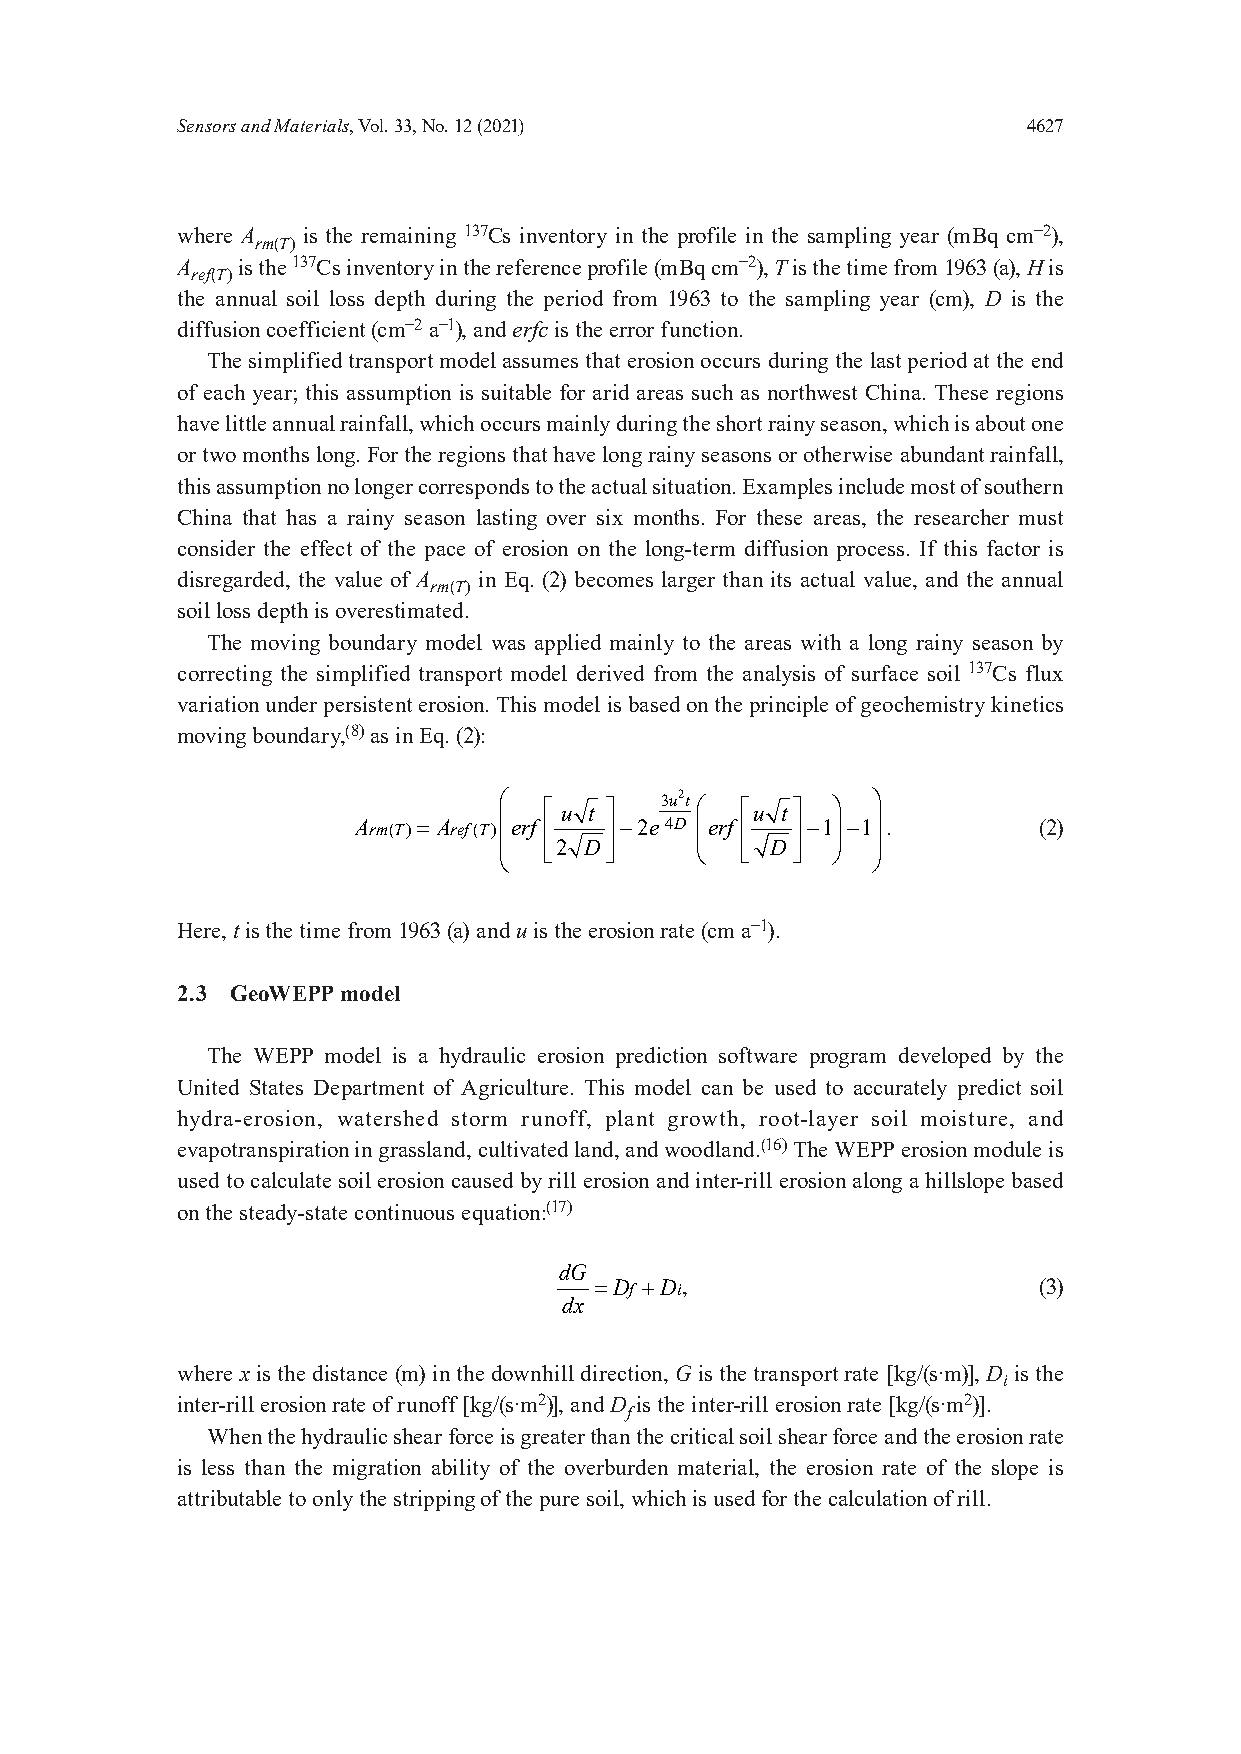
Sensors and Materials, Vol. 33, No. 12 (2021)           4627
 where A is the remaining 137Cs inventory in the profile in the sampling year (mBq cm−2),
 rm(T)
 A   is the 137Cs inventory in the reference profile (mBq cm−2), T is the time from 1963 (a), H is
 ref(T)
 the annual soil loss depth during the period from 1963 to the sampling year (cm), D is the
 diffusion coefficient (cm−2 a−1), and erfc is the error function.
 The simplified transport model assumes that erosion occurs during the last period at the end
 of each year; this assumption is suitable for arid areas such as northwest China. These regions
 have little annual rainfall, which occurs mainly during the short rainy season, which is about one
 or two months long. For the regions that have long rainy seasons or otherwise abundant rainfall,
 this assumption no longer corresponds to the actual situation. Examples include most of southern
 China that has a rainy season lasting over six months. For these areas, the researcher must
 consider the effect of the pace of erosion on the long-term diffusion process. If this factor is
 disregarded, the value of A in Eq. (2) becomes larger than its actual value, and the annual
 rm(T)
 soil loss depth is overestimated.
 The moving boundary model was applied mainly to the areas with a long rainy season by
 correcting the simplified transport model derived from the analysis of surface soil 137Cs flux
 variation under persistent erosion. This model is based on the principle of geochemistry kinetics
 moving boundary,(8) as in Eq. (2):
 
    u t 
 3u2t
   u t  
 
 
 Arm(T)= Aref(T) erf  −2e4D erf  −1−1 . (2)
                       
 2 D      D  
                         
 Here, t is the time from 1963 (a) and uis the erosion rate (cm a−1).
 2.3 GeoWEPP model
 The WEPP model is a hydraulic erosion prediction software program developed by the
 United States Department of Agriculture. This model can be used to accurately predict soil
 hydra-erosion, watershed storm runoff, plant growth, root-layer soil moisture, and
 evapotranspiration in grassland, cultivated land, and woodland.(16) The WEPP erosion module is
 used to calculate soil erosion caused by rill erosion and inter-rill erosion along a hillslope based
 on the steady-state continuous equation:(17)
 dG
 =Df +Di,                      (3)
 dx
 where x is the distance (m) in the downhill direction, G is the transport rate [kg/(s·m)], D is the
 i
 inter-rill erosion rate of runoff [kg/(s·m2)], and D is the inter-rill erosion rate [kg/(s·m2)].
 f
 When the hydraulic shear force is greater than the critical soil shear force and the erosion rate
 is less than the migration ability of the overburden material, the erosion rate of the slope is
 attributable to only the stripping of the pure soil, which is used for the calculation of rill.